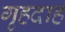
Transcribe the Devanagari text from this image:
गृहदाहं